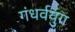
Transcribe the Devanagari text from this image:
गंधर्वयुग